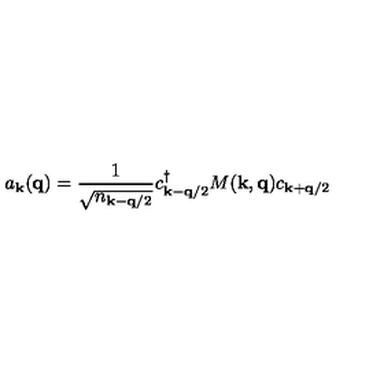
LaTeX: a _ { { \bf { k } } } ( { \bf { q } } ) = \frac { 1 } { \sqrt { n _ { { \bf { k } } - { \bf { q } } / 2 } } } c _ { { \bf { k } } - { \bf { q } } / 2 } ^ { \dagger } M ( { \bf { k } } , { \bf { q } } ) c _ { { \bf { k } } + { \bf { q } } / 2 }